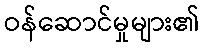
ဝန်ဆောင်မှုများ၏